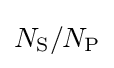
\textstyle N_{\mathrm {S} }/N_{\mathrm {P} }